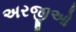
અરજીઓ